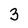
Character: 3